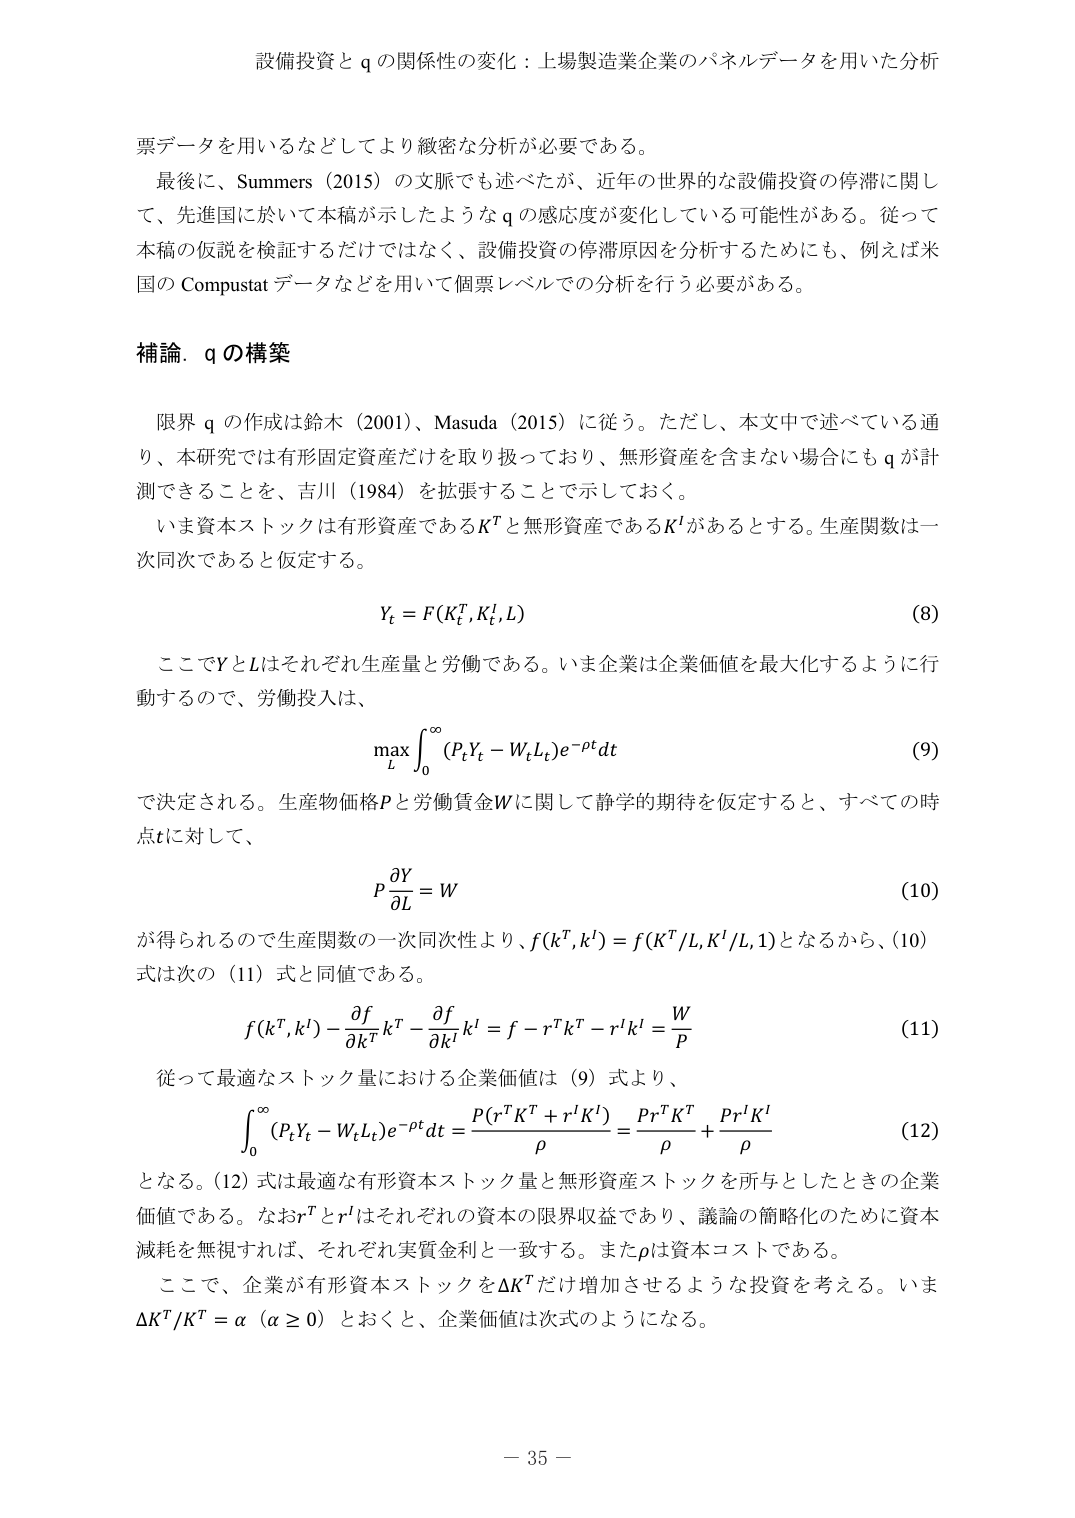
設備投資と q の関係性の変化：上場製造業企業のパネルデータを用いた分析

票データを用いるなどしてより緻密な分析が必要である。
最後に、Summers（2015）の文脈でも述べたが、近年の世界的な設備投資の停滞に関して、先進国に於いて本稿が示したような q の感応度が変化している可能性がある。従って本稿の仮説を検証するだけではなく、設備投資の停滞原因を分析するためにも、例えば米国の Compustat データなどを用いて個票レベルでの分析を行う必要がある。

補論．q の構築

限界 q の作成は鈴木（2001）、Masuda（2015）に従う。ただし、本文中で述べている通り、本研究では有形固定資産だけを取り扱っており、無形資産を含まない場合にも q が計測できることを、吉川（1984）を拡張することで示しておく。
いま資本ストックは有形資産である K^T と無形資産である K^I があるとする。生産関数は一次同次であると仮定する。

Y_t = F(K_t^T, K_t^I, L)  (8)

ここで Y と L はそれぞれ生産量と労働である。いま企業は企業価値を最大化するように行動するので、労働投入は、

max_L ∫_0^∞ (P_t Y_t - W_t L_t) e^{-ρt} dt  (9)

で決定される。生産物価格 P と労働賃金 W に関して静学的期待を仮定すると、すべての時点 t に対して、

P ∂Y/∂L = W  (10)

が得られるので生産関数の一次同次性より、f(k^T, k^I) = f(K^T/L, K^I/L, 1) となるから、(10) 式は次の (11) 式と同値である。

f(k^T, k^I) - (∂f/∂k^T) k^T - (∂f/∂k^I) k^I = f - r^T k^T - r^I k^I = W/P  (11)

従って最適なストック量における企業価値は (9) 式より、

∫_0^∞ (P_t Y_t - W_t L_t) e^{-ρt} dt = [P(r^T K^T + r^I K^I)] / ρ = (P r^T K^T)/ρ + (P r^I K^I)/ρ  (12)

となる。(12) 式は最適な有形資本ストック量と無形資産ストックを所与としたときの企業価値である。なお r^T と r^I はそれぞれの資本の限界収益であり、議論の簡略化のために資本減耗を無視すれば、それぞれ実質金利と一致する。また ρ は資本コストである。
ここで、企業が有形資本ストックを ΔK^T だけ増加させるような投資を考える。いま ΔK^T / K^T = α （α ≥ 0）とおくと、企業価値は次式のようになる。

－ 35 －